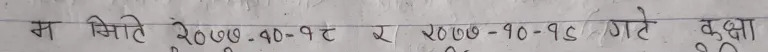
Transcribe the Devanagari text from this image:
म मिति २०७७-१०-९ र २०७७-१०-१८ गते कक्षा